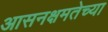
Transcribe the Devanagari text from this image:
आसनक्षमतेच्या